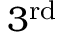
3 ^ { \mathrm { { r d } } }